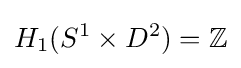
H_{1}(S^{1}\times D^{2})=\mathbb {Z}